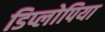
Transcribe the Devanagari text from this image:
डिप्लोपिया